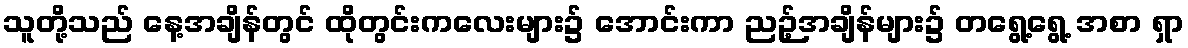
သူတို့သည် နေ့အချိန်တွင် ထိုတွင်းကလေးများ၌ အောင်းကာ ညဉ့်အချိန်များ၌ တရွေ့ရွေ့ အစာ ရှာ